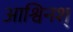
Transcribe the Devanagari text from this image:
आश्विनश्